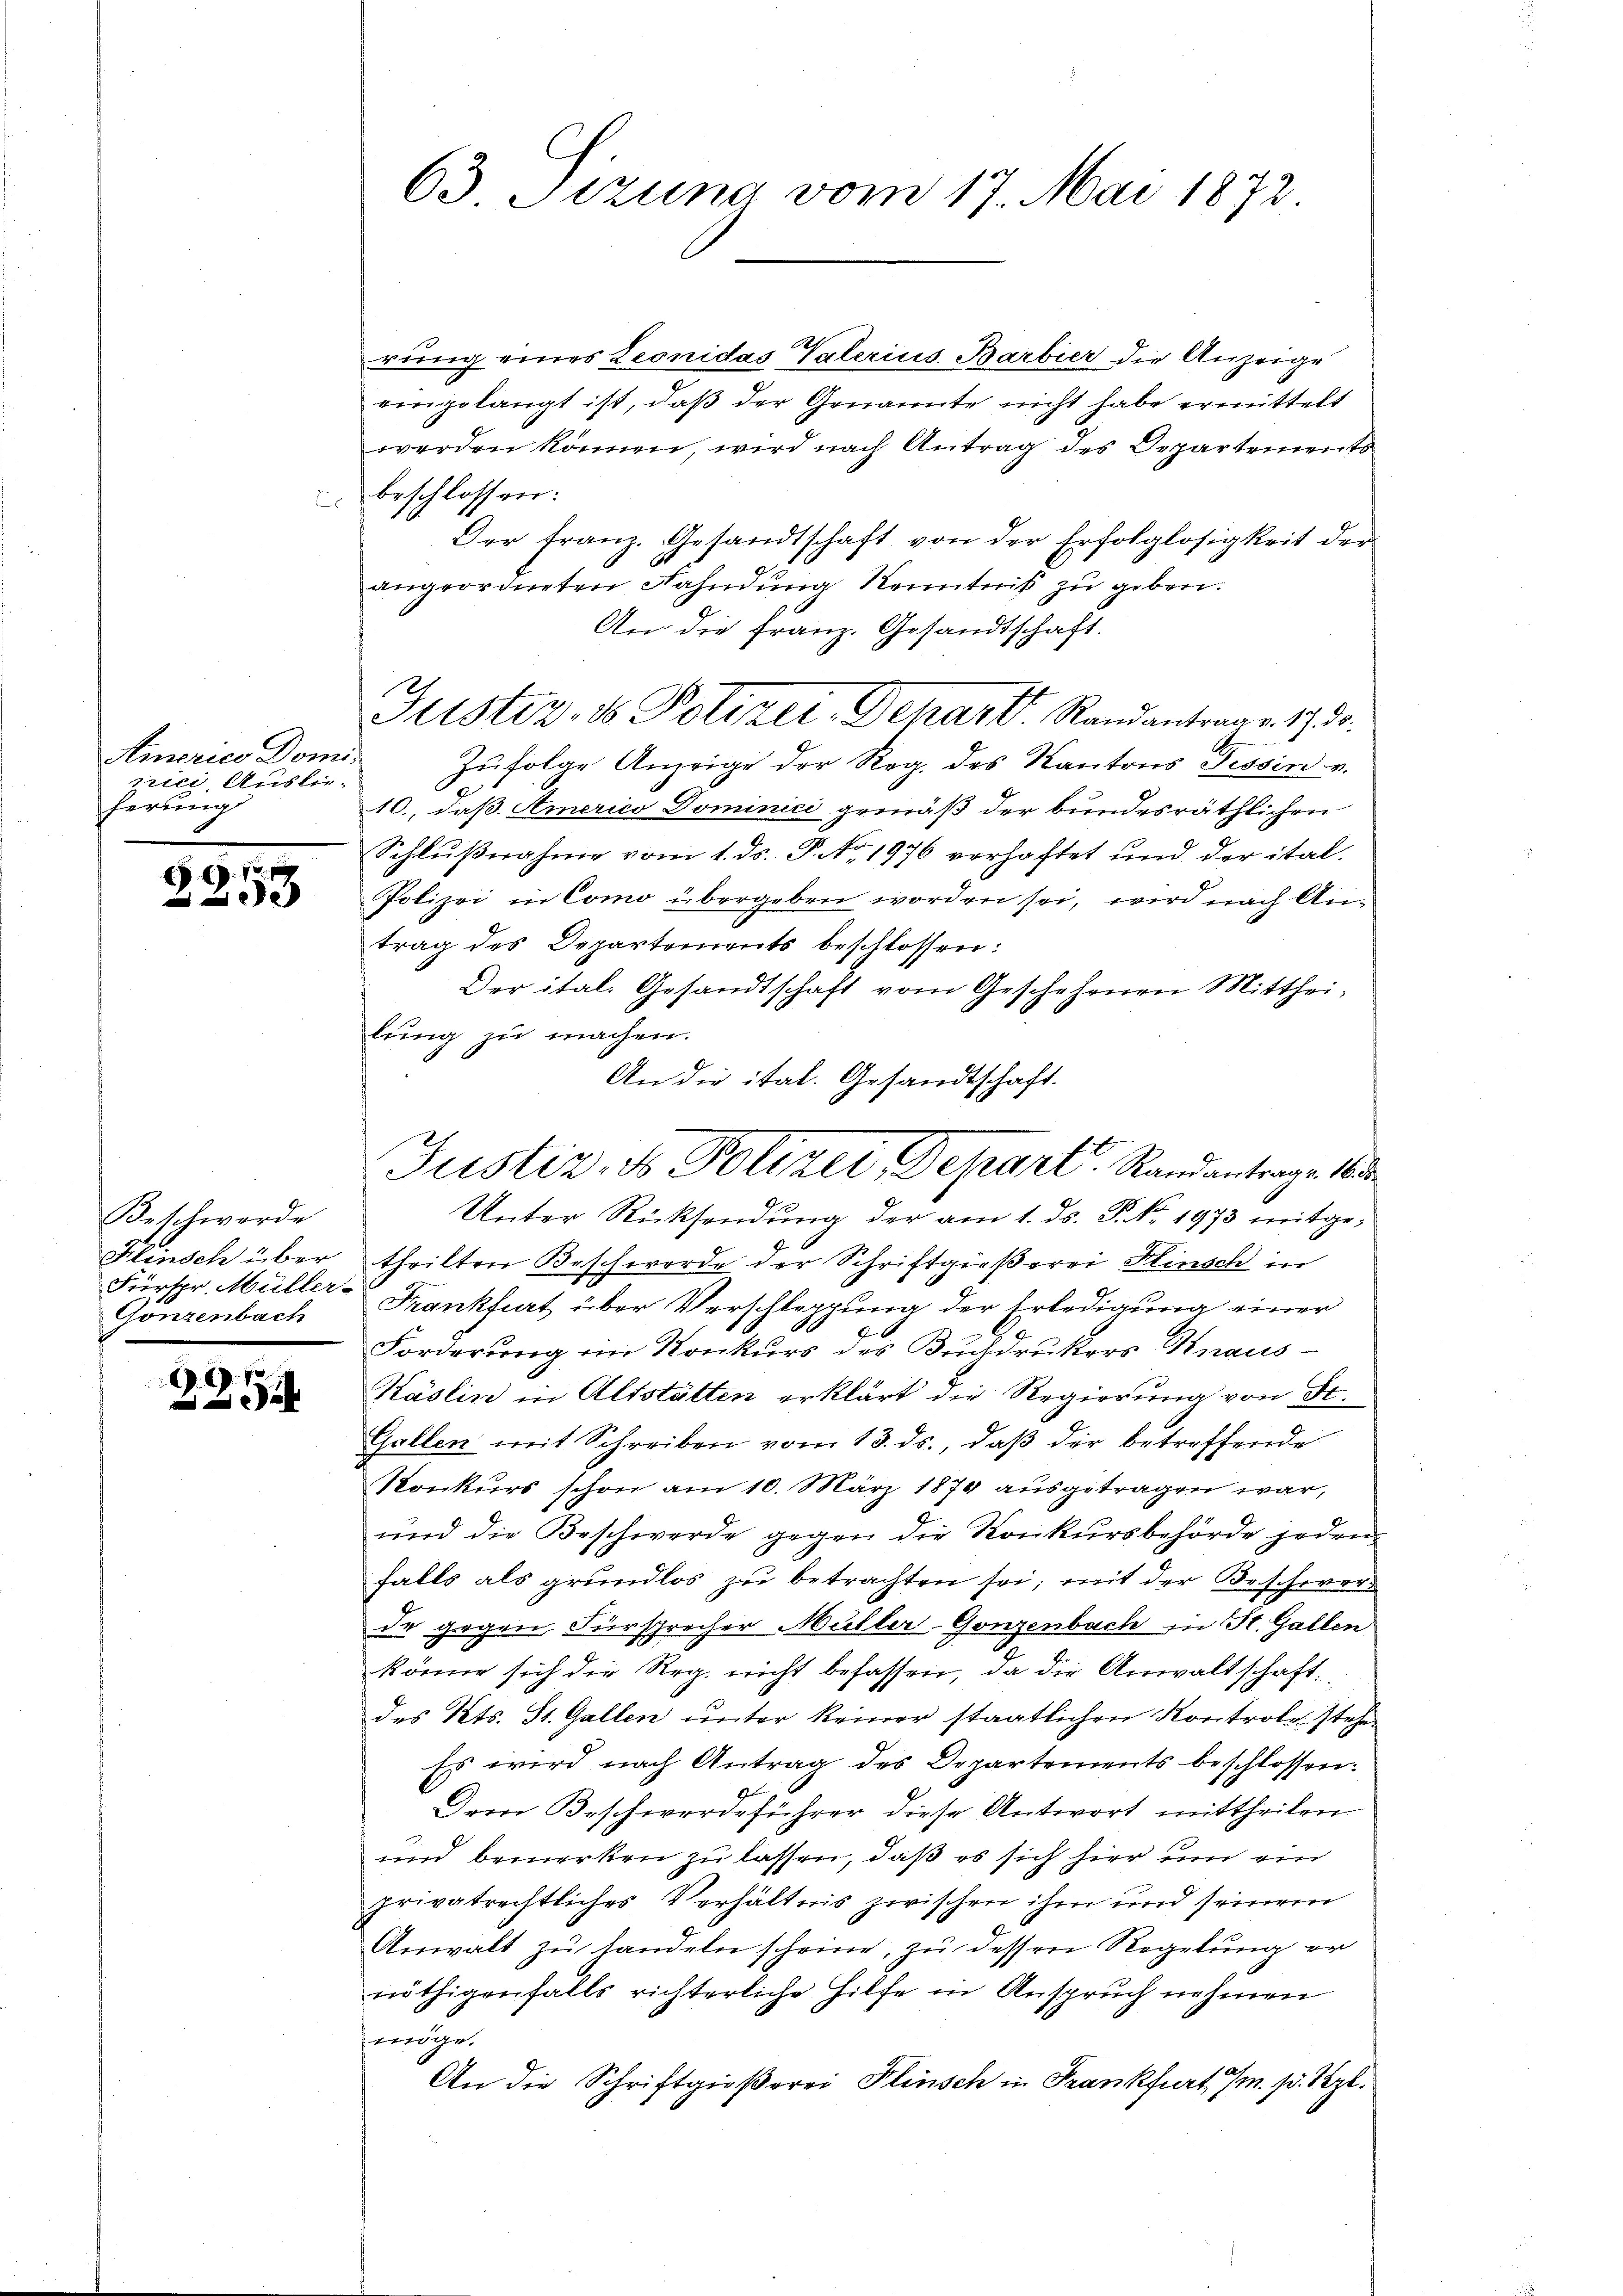
d

Americo Domizrici, Auslieferung

891.

Beschwerde
Fürspr. Müller-
Gonzenbach

2251

rung eines Leonidas Vaterius Barbier die Anzeige
eingelangt ist, daß der Genannte nicht habe ermittelt
werden können, wird nach Antrag des Departements
beschlossen:
Der tranz. Gesandtschaft von der Erfolglosigkeit der
9
angeordneten Fahndung Kenntniß zu geben.
An die Franz. Gesandtschaft.
Zŭfolge Anzeige der Reg. des Kantons Tessin v.
10., daß Americo Dominici gemäß der bundesräthlichen
Schlußnahme vom 1. ds. P. No. 1976 verhaftet und der ital-
Polizei in Como übergeben worden sei, wird nach Antrag des Departements beschlossen:
Der ital. Gesandtschaft vom Geschehenen Mitthei-
lung zu machen.
An die ital. Gesandtschaft.
Unter Rücksendung der am 1. ds. P. Nr. 1973 mitge¬
Flinsch über theilten Beschworde der Schriftgießerei Hinsch in
Frankfurt über Verschleppung der Erledigung einer
Forderung im Konkurs des Buchdruckers Knaus¬
Käslin in Altstätten erklärt die Regierŭng von St.
Gallen mit Schreiben vom 13. ds., daß der betreffende
Konkurs schon am 10. März 1870 ausgetragen war,
und die Beschwerde gegen die Konkursbehörde jedenfalls als grundlos zu betrachten sei; mit der Beschwerde gegen Fürsprecher Müller-Gonzenbach in St. Gallen
könne sich die Reg. nicht befassen, da die Anwaltschaft.
des Kts. St. Gallen ŭnter keiner staatlichen Kontrole stehe
Es wird nach Antrag des Departements beschlossen:
Dem Beschwerdeführer diese Antwort mittheilen
und bemerken zu lassen, daß es sich hier und ein
privatrechtliches Verhältnis zwischen ihm und seinem
Anwalt zu handeln scheine, zu dessen Regelung er
nöthigenfalls richterliche Hilfe in Anspruch nehmen
möge.
An die Schriftgießerei Flinsch in Frankfurt /m. p. Sept.

63 Sizung vom 17. Mai 1872

Justiz- & Polizei-Dchart. Randantrage. 1730.

Justiz, so Polizei, Depart. Standantrages Ma